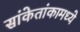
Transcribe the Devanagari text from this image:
सांकेतांकामध्ये